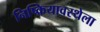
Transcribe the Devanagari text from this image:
निष्क्रियावस्थेला